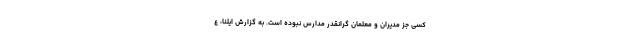
کسی جز مدیران و معلمان گرانقدر مدارس نبوده است. به گزارش ایلنا، ع